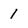
Character: 1